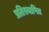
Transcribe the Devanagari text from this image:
प्रतिस्थापित